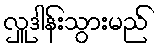
လှူဒါန်းသွားမည်